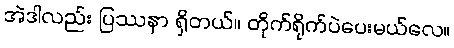
အဲဒါလည်း ပြဿနာ ရှိတယ်။ တိုက်ရိုက်ပဲပေးမယ်လေ။